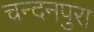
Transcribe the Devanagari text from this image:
चन्दनपुरा